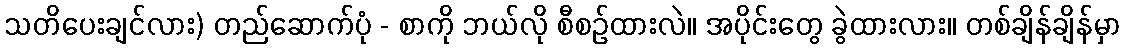
သတိပေးချင်လား) တည်ဆောက်ပုံ - စာကို ဘယ်လို စီစဉ်ထားလဲ။ အပိုင်းတွေ ခွဲထားလား။ တစ်ချိန်ချိန်မှာ